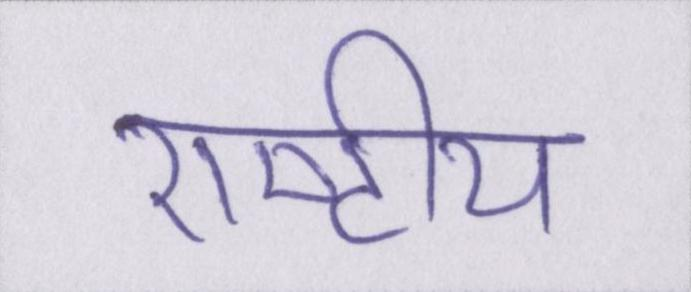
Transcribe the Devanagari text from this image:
राष्टीय